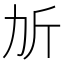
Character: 𣂒